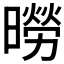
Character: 𪱌